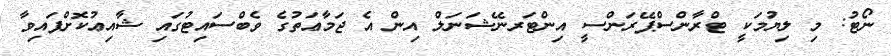
ނޯޓު: މި ލިޔުމަކީ ޓްރާންސްޕޭރަންސީ އިންޓަރނޭޝަނަލް އިން އެ ޖަމާޢަތުގެ ވެބްސައިޓުގައި ޝާއިޢުކޮށްފައިވާ